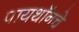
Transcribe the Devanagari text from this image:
पायथॉनचे